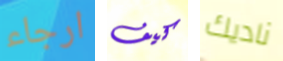
ارجاء كيف ناديك